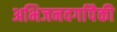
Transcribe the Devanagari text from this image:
अभिजनवर्गापैकी